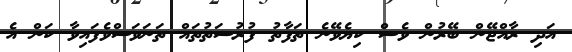
އަދި ރާއްޖޭން ބޭރުން ވެސް ކިޔެވޭނެ ތަފާތު ފުރުސަތުތައް ތަނަވަސްވެފައިވާ ކަން އެ